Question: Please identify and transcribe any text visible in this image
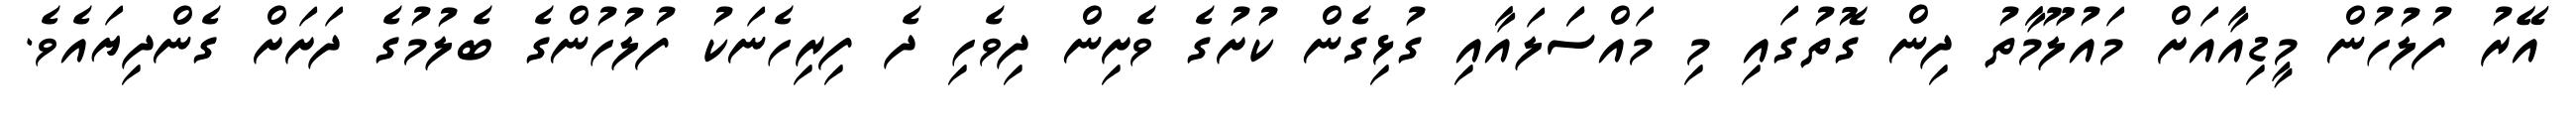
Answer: އޭރު ފުލުހުން މީޑިއާއަށް މައުލޫމާތު ދިން ގޮތުގައި މި މައްސަަލައާއި ގުޅިގެން ކުށުގެ ވެށިން ދިވެހި ދެ ފިރިހެނަކު ފުލުހުންގެ ބެލުމުގެ ދަށަށް ގެންދިޔައެވެ.